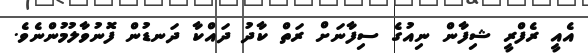
އެއީ ރެފްރީ ޝިފާން ނިއުގެ ސިފާނަށް ރަތް ކާދު ދައްކާ ދަނޑުން ފޮނުވާލުމުންނެވެ.